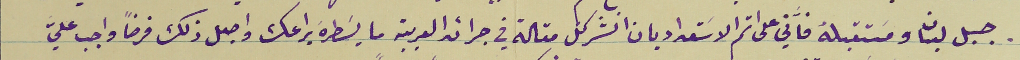
جبل لبنان ومسَتقبله فاَّني على اتم الاسَتعداد بان انشر كل مقالة في جرائد العربية ما يسَطرهَ يراعك واجعل ذلك فرضاً واجب عليّ